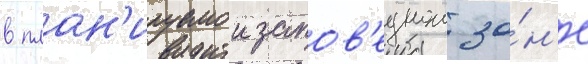
в план'ируемои запов'еднои зо́н'е